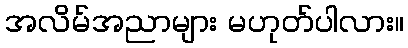
အလိမ်အညာများ မဟုတ်ပါလား။